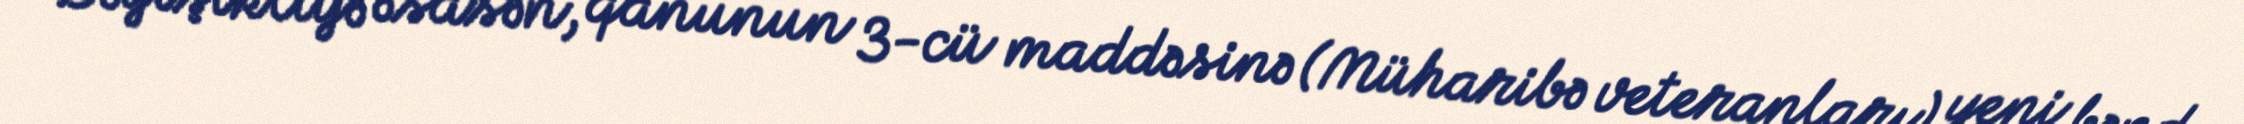
Dəyişikliyə əsasən, qanunun 3-cü maddəsinə (Müharibə veteranları) yeni bənd